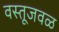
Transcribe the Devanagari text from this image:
वस्तूजवळ